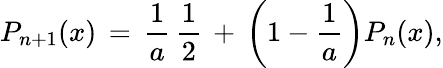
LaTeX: P_{n+1}(x)\, =\, \frac{1}{a}\, \frac{1}{2}\, +\, \left(1-\frac{1}{a}\right)P_{n}(x),